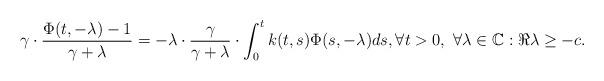
LaTeX: \begin{align*}\gamma \cdot \frac{\Phi(t,-\lambda) -1}{\gamma + \lambda} = -\lambda\cdot\frac{\gamma}{\gamma+\lambda} \cdot \int_0^t k(t,s)\Phi(s,-\lambda)ds,\forall t>0,\ \forall \lambda\in\mathbb{C}: \Re\lambda\geq -c.\end{align*}